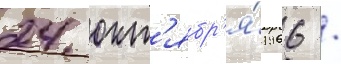
24 окт'ябр'я́ 1966 /